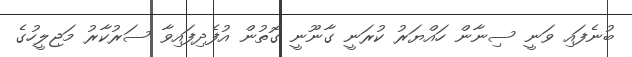
ބުނެފައި ވަނީ ސިނާން ހައްޔަރު ކުރަނީ ގާނޫނީ ގޮތުން އުފެދިފައިވާ ސަރުކާރު މަޖިލީހުގެ